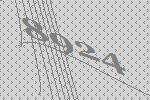
8924